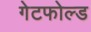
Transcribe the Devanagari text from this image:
गेटफोल्ड